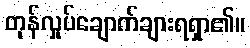
တုန်လှုပ်ချောက်ချားရရှာ၏။